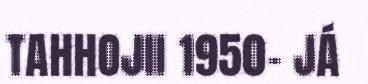
TAHHOJII 1950- JÁ